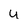
Character: u